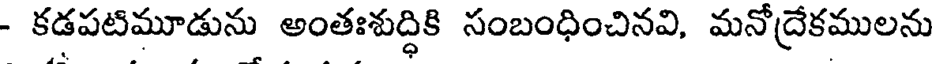
- కడపటిమూడును అంతఃశుద్ధికి సంబంధించినవి, మనోద్రేకములను